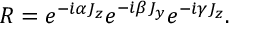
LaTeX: R = e ^ { - \dot { \imath } \alpha J _ { z } } e ^ { - \dot { \imath } \beta J _ { y } } e ^ { - \dot { \imath } \gamma J _ { z } } .